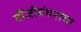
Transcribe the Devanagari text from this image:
मौंजीबंधनाचा